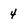
Character: 4